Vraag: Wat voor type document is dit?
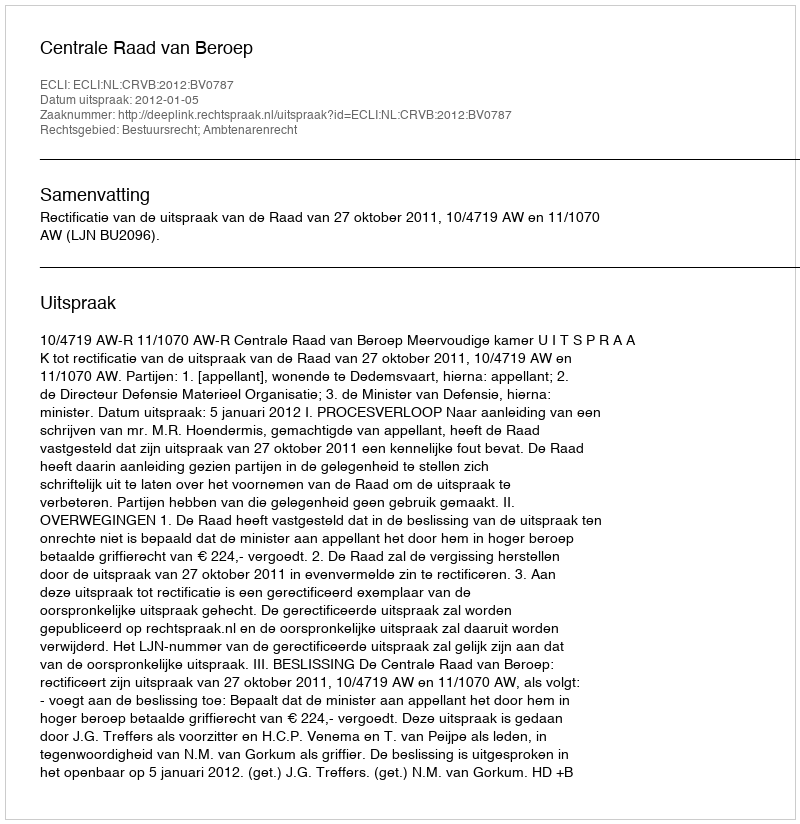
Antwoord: Uitspraak